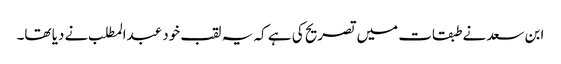
ابن سعد نے طبقات میں تصریح کی ہے کہ یہ لقب خود عبدالمطلب نے دیا تھا۔